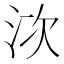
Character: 𣳩